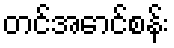
တင်အောင်စန်း